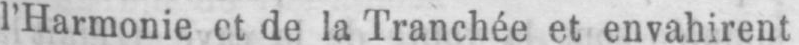
de la Tranchée et envahirent